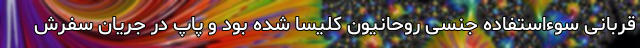
قربانی سوءاستفاده جنسی روحانیون کلیسا شده بود و پاپ در جریان سفرش